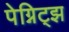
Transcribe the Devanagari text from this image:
पेग्निट्झ